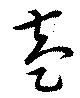
盍